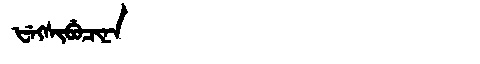
Manchu: ᡶᡝᡴᠰᡳᠪᡠᠴᡳᠨᠠ
Romanization: FEKSIBUCINA